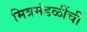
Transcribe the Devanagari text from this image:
मित्रमंडळींची